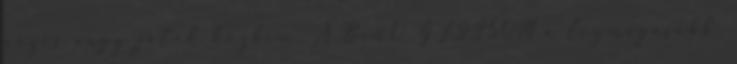
nézés vagy játék közben. A BenQ GL2250M a legmagasabb,